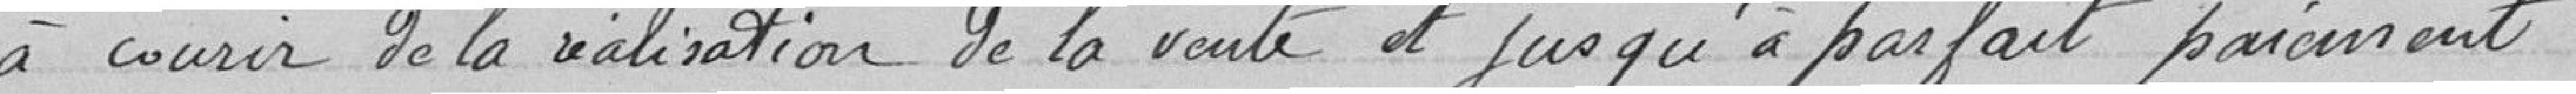
à courir de la réalisation de la vente et jusqu'à parfait paiement